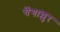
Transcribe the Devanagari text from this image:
चेंगाल्लुर